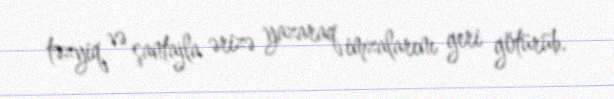
təzyiq və şantajla ərizə yazaraq imzalarını geri götürüb.